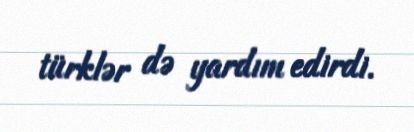
türklər də yardım edirdi.